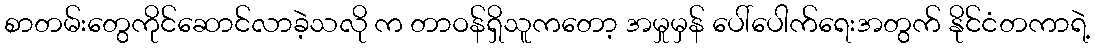
စာတမ်းတွေကိုင်ဆောင်လာခဲ့သလို က တာဝန်ရှိသူကတော့ အမှုမှန် ပေါ်ပေါက်ရေးအတွက် နိုင်ငံတကာရဲ့